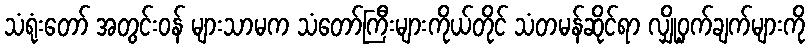
သံရုံးတော် အတွင်းဝန် များသာမက သံတော်ကြီးများကိုယ်တိုင် သံတမန်ဆိုင်ရာ လျှို့ဝှက်ချက်များကို